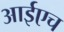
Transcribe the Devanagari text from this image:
आईएच